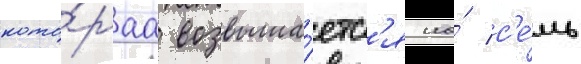
кото́раа возвыша́етс'я на́ с'е́мь